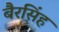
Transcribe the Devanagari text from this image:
बैरसिंह